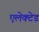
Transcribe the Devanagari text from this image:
एलेक्टेड